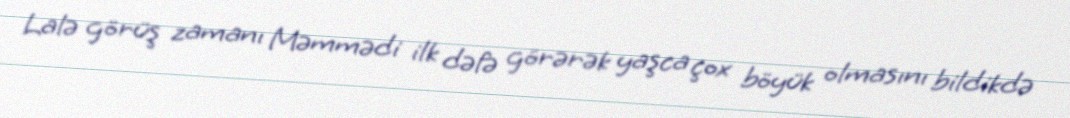
Lalə görüş zamanı Məmmədi ilk dəfə görərək yaşca çox böyük olmasını bildikdə